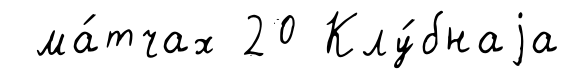
ма́тчах 20 Клу́бнаjа